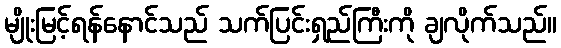
မျိုးမြင့်ရန်နောင်သည် သက်ပြင်းရှည်ကြီးကို ချလိုက်သည်။